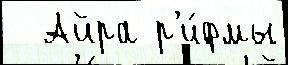
  Айра р'и́фмы